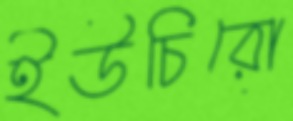
ইউচিরো